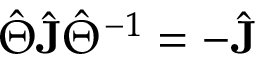
\hat { \Theta } \hat { \mathbf { J } } \hat { \Theta } ^ { - 1 } = - \hat { \mathbf { J } }